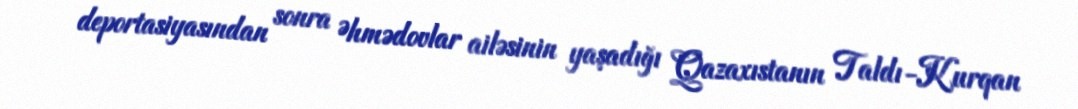
deportasiyasından sonra Əhmədovlar ailəsinin yaşadığı Qazaxıstanın Taldı-Kurqan